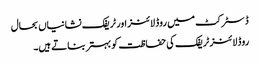
ڈسٹرکٹ میں روڈ لائنز اور ٹریفک نشانیاں بحال
روڈ لائنز ٹریفک کی حفاظت کو بہتر بناتے ہیں۔